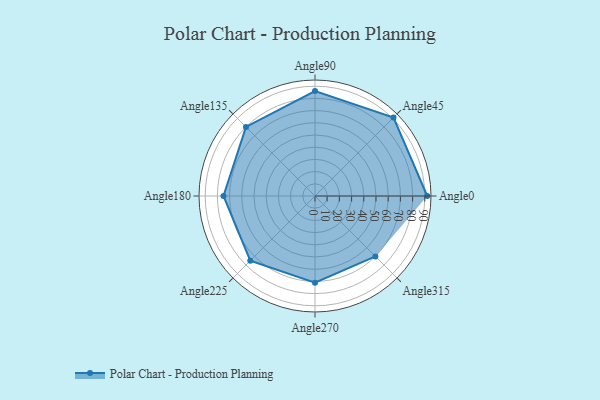
{"axis": {"x": "Angle", "y": "Radius"}, "legend": [""], "data": [{"x": "Angle0", "y": 92.0, "type": ""}, {"x": "Angle45", "y": 91.0, "type": ""}, {"x": "Angle90", "y": 86.0, "type": ""}, {"x": "Angle135", "y": 80.0, "type": ""}, {"x": "Angle180", "y": 75.0, "type": ""}, {"x": "Angle225", "y": 75.0, "type": ""}, {"x": "Angle270", "y": 71.0, "type": ""}, {"x": "Angle315", "y": 70.0, "type": ""}]}